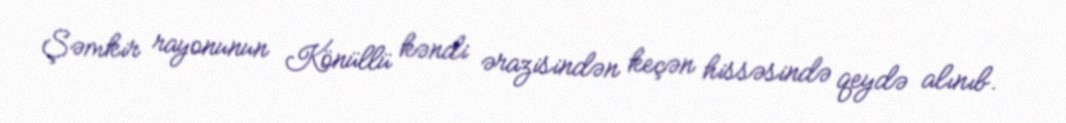
Şəmkir rayonunun Könüllü kəndi ərazisindən keçən hissəsində qeydə alınıb.